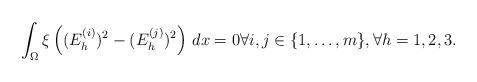
LaTeX: \begin{align*}\int_{\Omega}\xi \left( (E^{(i)}_h)^2- (E^{(j)}_h)^2 \right)\,dx= 0 \forall i,j \in \{1,\ldots,m\}, \forall h=1,2,3.\end{align*}